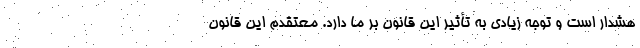
هشدار است و توجه زیادی به تأثیر این قانون بر ما دارد. معتقدم این قانون